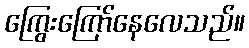
ကြွေးကြော်နေလေသည်။